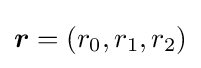
{\boldsymbol {r}}=(r_{0},r_{1},r_{2})